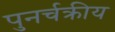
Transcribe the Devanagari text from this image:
पुनर्चक्रीय